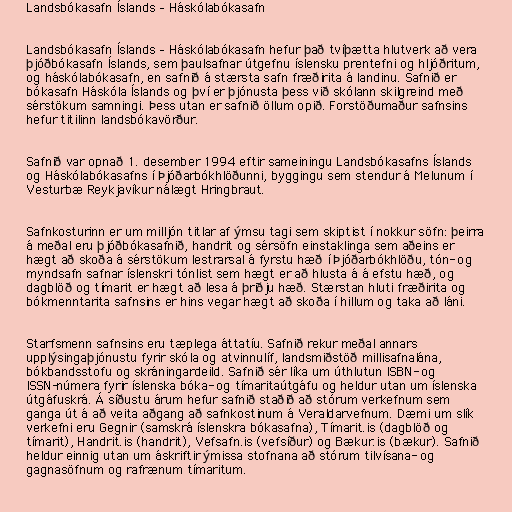
Landsbókasafn Íslands – Háskólabókasafn

Landsbókasafn Íslands – Háskólabókasafn hefur það tvíþætta hlutverk að vera
þjóðbókasafn Íslands, sem þaulsafnar útgefnu íslensku prentefni og hljóðritum,
og háskólabókasafn, en safnið á stærsta safn fræðirita á landinu. Safnið er
bókasafn Háskóla Íslands og því er þjónusta þess við skólann skilgreind með
sérstökum samningi. Þess utan er safnið öllum opið. Forstöðumaður safnsins
hefur titilinn landsbókavörður.

Safnið var opnað 1. desember 1994 eftir sameiningu Landsbókasafns Íslands
og Háskólabókasafns í Þjóðarbókhlöðunni, byggingu sem stendur á Melunum í
Vesturbæ Reykjavíkur nálægt Hringbraut.

Safnkosturinn er um milljón titlar af ýmsu tagi sem skiptist í nokkur söfn: þeirra
á meðal eru þjóðbókasafnið, handrit og sérsöfn einstaklinga sem aðeins er
hægt að skoða á sérstökum lestrarsal á fyrstu hæð í Þjóðarbókhlöðu, tón- og
myndsafn safnar íslenskri tónlist sem hægt er að hlusta á á efstu hæð, og
dagblöð og tímarit er hægt að lesa á þriðju hæð. Stærstan hluti fræðirita og
bókmenntarita safnsins er hins vegar hægt að skoða í hillum og taka að láni.

Starfsmenn safnsins eru tæplega áttatíu. Safnið rekur meðal annars
upplýsingaþjónustu fyrir skóla og atvinnulíf, landsmiðstöð millisafnalána,
bókbandsstofu og skráningardeild. Safnið sér líka um úthlutun ISBN- og
ISSN-númera fyrir íslenska bóka- og tímaritaútgáfu og heldur utan um íslenska
útgáfuskrá. Á síðustu árum hefur safnið staðið að stórum verkefnum sem
ganga út á að veita aðgang að safnkostinum á Veraldarvefnum. Dæmi um slík
verkefni eru Gegnir (samskrá íslenskra bókasafna), Tímarit.is (dagblöð og
tímarit), Handrit.is (handrit), Vefsafn.is (vefsíður) og Bækur.is (bækur). Safnið
heldur einnig utan um áskriftir ýmissa stofnana að stórum tilvísana- og
gagnasöfnum og rafrænum tímaritum.